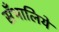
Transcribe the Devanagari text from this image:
सँभालिये